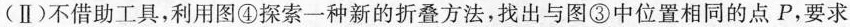
(Ⅱ)不借助工具，利用图④探索一种新的折叠方法，找出与图③中位置相同的点P，要求